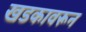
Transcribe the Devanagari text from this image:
खडकावरून